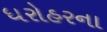
ધરોહરના